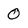
Character: 0